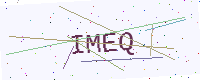
Text: IMEQ